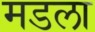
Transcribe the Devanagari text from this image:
मडला